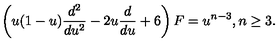
\left( u ( 1 - u ) \frac { d ^ { 2 } } { d u ^ { 2 } } - 2 u \frac { d } { d u } + 6 \right) F = u ^ { n - 3 } , n \geq 3 .